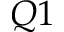
Q 1